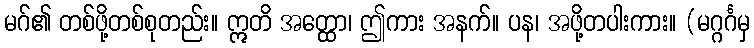
မဂ်၏ တစ်ဖို့တစ်စုတည်း။ ဣတိ အတ္ထော၊ ဤကား အနက်။ ပန၊ အဖို့တပါးကား။ (မဂ္ဂင်္ဂမှ